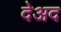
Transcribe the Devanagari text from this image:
देअद